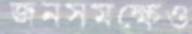
জনসমক্ষেও